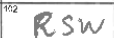
Transcription: RSW